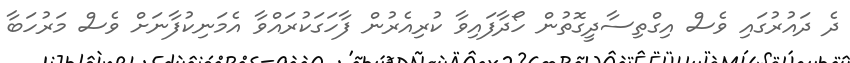
ދެ ދައުރުގައި ވެސް އިގްތިސާދީގޮތުން ހޯދާފައިވާ ކުރިއެރުން ފާހަގަކުރައްވާ އެމަނިކުފާނަށް ވެސް މަރުހަބާ